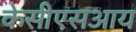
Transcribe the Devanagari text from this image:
केसीएसआय